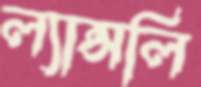
ল্যান্সলি